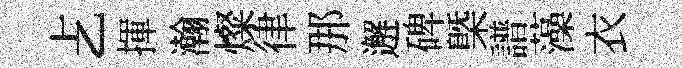
𠧒揮瀚燦律那邂碑㮣譜藻衣